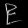
Digit: ၉